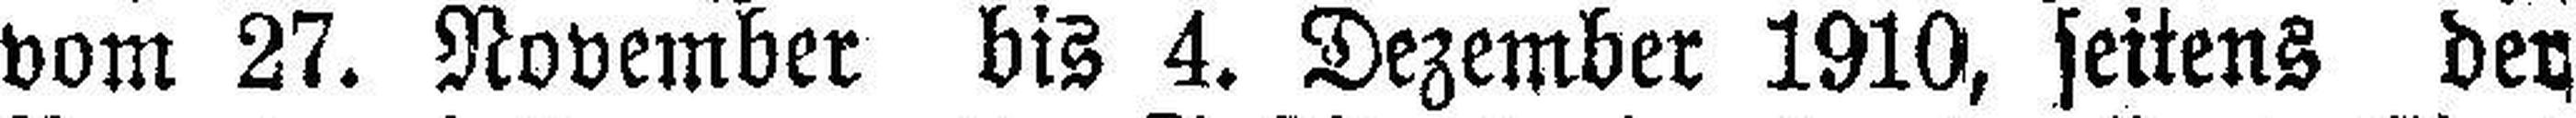
vom 27. November bis 4. Dezember 1910, seitens der